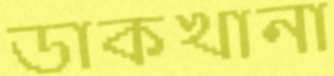
ডাকখানা